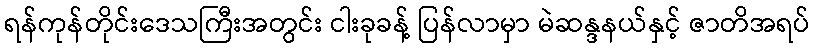
ရန်ကုန်တိုင်းဒေသကြီးအတွင်း ငါးခုခန့် ပြန်လာမှာ မဲဆန္ဒနယ်နှင့် ဇာတိအရပ်